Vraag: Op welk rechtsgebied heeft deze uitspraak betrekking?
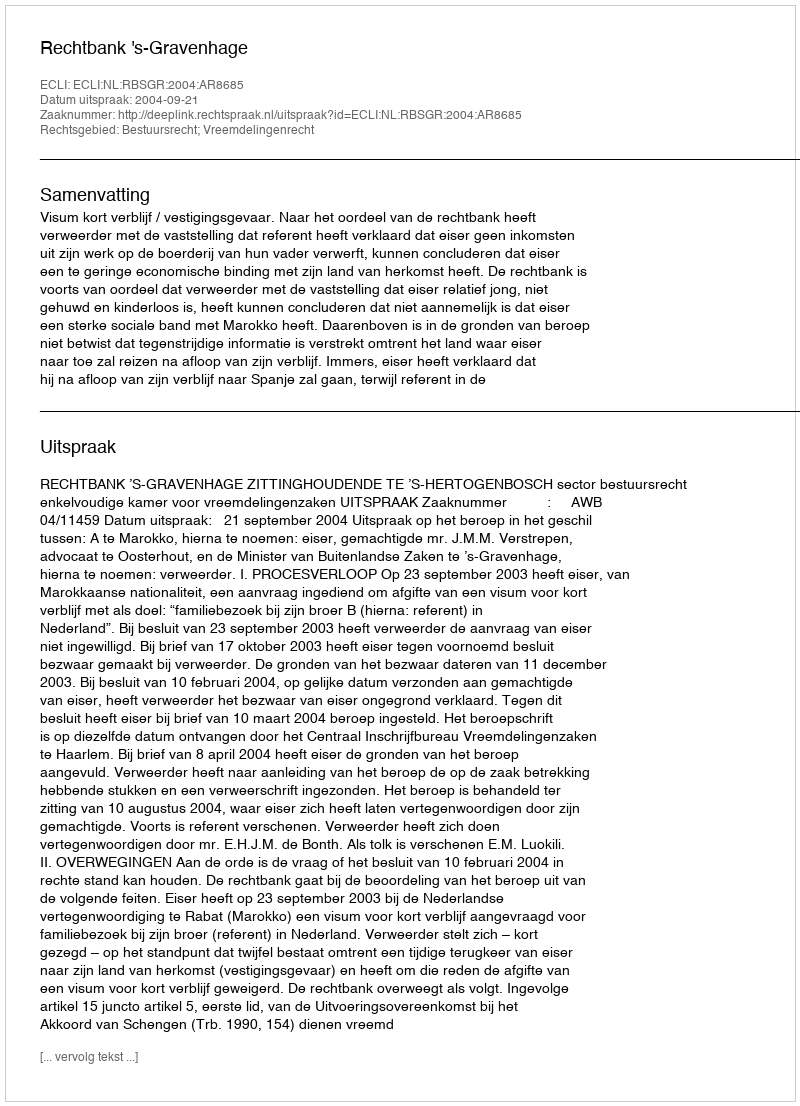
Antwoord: Bestuursrecht; Vreemdelingenrecht